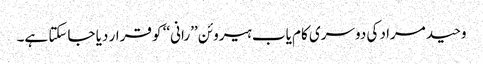
وحید مراد کی دوسری کام یاب ہیروئن ’’رانی‘‘ کو قرار دیا جاسکتا ہے۔